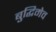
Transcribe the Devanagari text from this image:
बुद्धिमेव